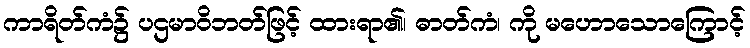
ကာရိတ်ကံ၌ ပဌမာဝိဘတ်ဖြင့် ထားရာ၏၊ ဓာတ်ကံ၊ ကို မဟောသောကြောင့်